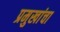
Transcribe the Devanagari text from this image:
प्रमुखांचा